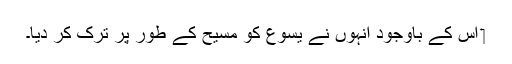
‏ اِس کے باوجود اُنہوں نے یسوع کو مسیح کے طور پر ترک کر دیا۔